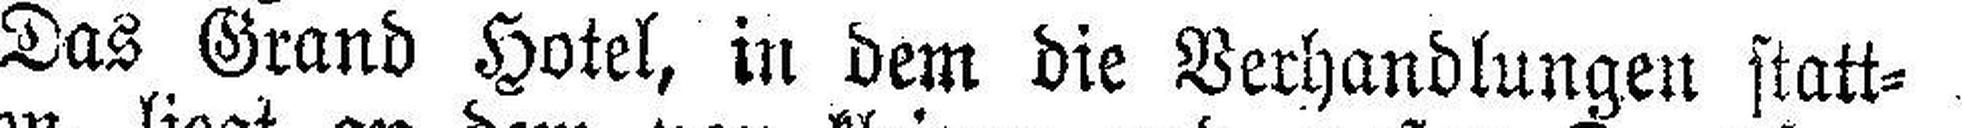
Das Grand Hotel, in dem die Verhandlungen statt¬